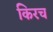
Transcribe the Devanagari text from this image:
किरच